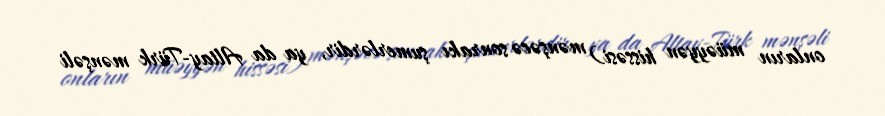
onların müəyyən hissəsi) mənşəcə sonrakı şumerlərdir, ya da Altay-Türk mənşəli